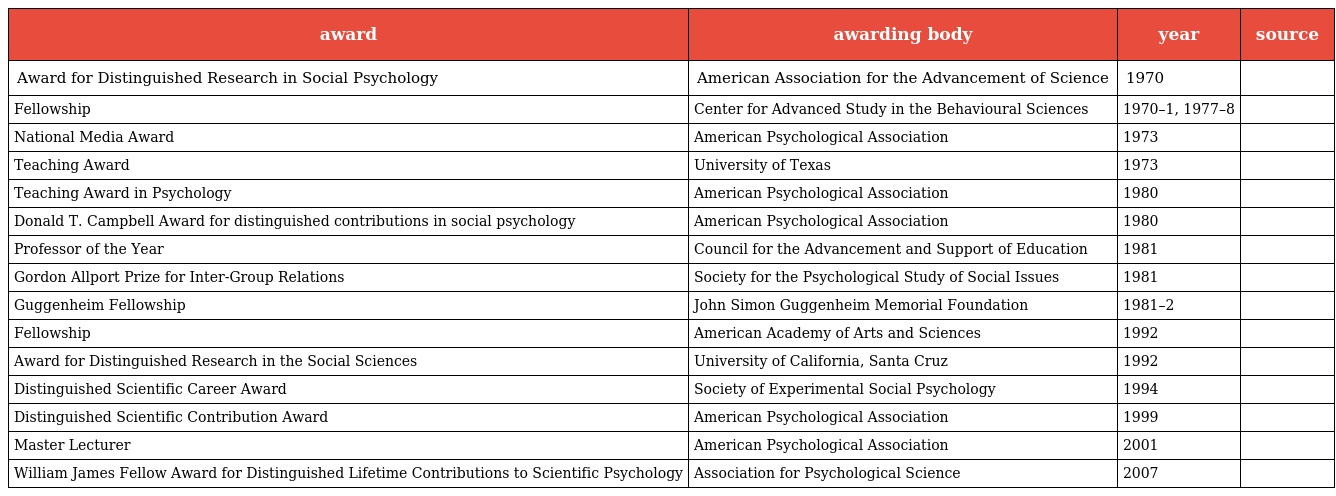
| award | awarding body | year | source |
 | --- | --- | --- | --- |
 | Award for Distinguished Research in Social Psychology | American Association for the Advancement of Science | 1970 |  |
 | Fellowship | Center for Advanced Study in the Behavioural Sciences | 1970–1, 1977–8 |  |
 | National Media Award | American Psychological Association | 1973 |  |
 | Teaching Award | University of Texas | 1973 |  |
 | Teaching Award in Psychology | American Psychological Association | 1980 |  |
 | Donald T. Campbell Award for distinguished contributions in social psychology | American Psychological Association | 1980 |  |
 | Professor of the Year | Council for the Advancement and Support of Education | 1981 |  |
 | Gordon Allport Prize for Inter-Group Relations | Society for the Psychological Study of Social Issues | 1981 |  |
 | Guggenheim Fellowship | John Simon Guggenheim Memorial Foundation | 1981–2 |  |
 | Fellowship | American Academy of Arts and Sciences | 1992 |  |
 | Award for Distinguished Research in the Social Sciences | University of California, Santa Cruz | 1992 |  |
 | Distinguished Scientific Career Award | Society of Experimental Social Psychology | 1994 |  |
 | Distinguished Scientific Contribution Award | American Psychological Association | 1999 |  |
 | Master Lecturer | American Psychological Association | 2001 |  |
 | William James Fellow Award for Distinguished Lifetime Contributions to Scientific Psychology | Association for Psychological Science | 2007 |  |